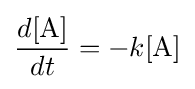
{\frac {d[{\mbox{A}}]}{dt}}=-k[{\mbox{A}}]